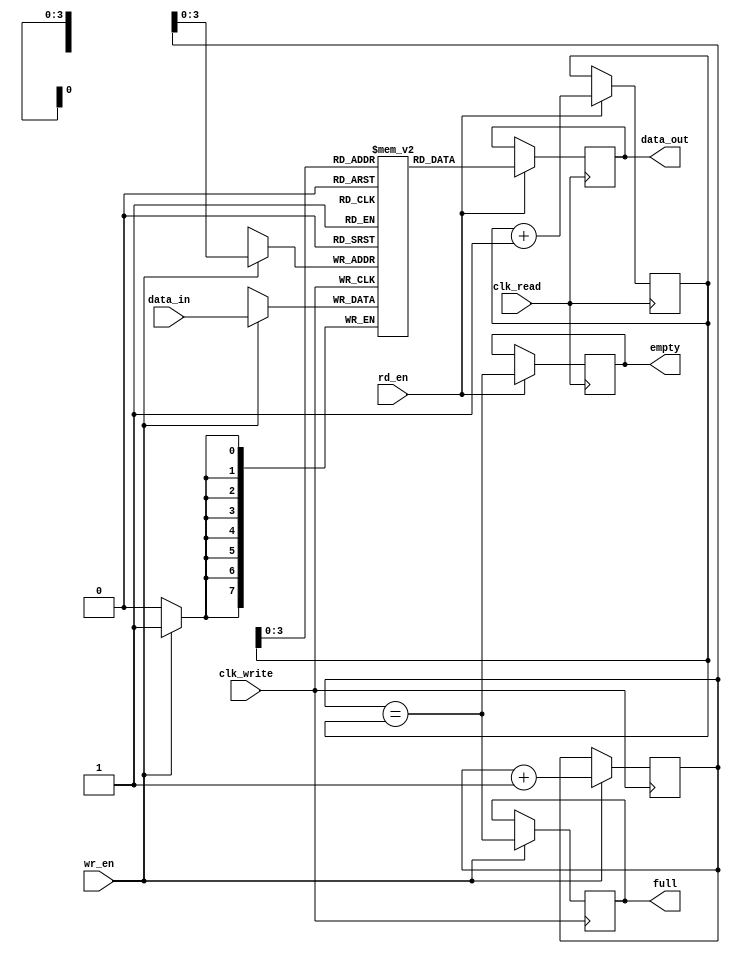
module asynchronous_fifo (
   input wire clk_write,
   input wire [DATA_WIDTH-1:0] data_in,
   input wire wr_en,
   input wire clk_read,
   output wire [DATA_WIDTH-1:0] data_out,
   input wire rd_en,
   output wire full,
   output wire empty
);

parameter DEPTH = 16;
parameter DATA_WIDTH = 8;

reg [(DATA_WIDTH-1):0] fifo [DEPTH-1:0];
reg [(DATA_WIDTH-1):0] data_out_reg;
reg [(DEPTH-1):0] read_ptr = 1'b0;
reg [(DEPTH-1):0] write_ptr = 1'b0;

always @(posedge clk_write) begin
   if (wr_en) begin
      fifo[write_ptr] <= data_in;
      write_ptr <= write_ptr + 1;
      full <= (write_ptr == read_ptr);
   end
end

always @(posedge clk_read) begin
   if (rd_en) begin
      data_out_reg <= fifo[read_ptr];
      read_ptr <= read_ptr + 1;
      empty <= (write_ptr == read_ptr);
   end
end

assign data_out = data_out_reg;

endmodule